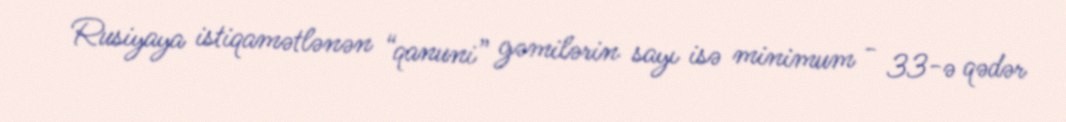
Rusiyaya istiqamətlənən “qanuni” gəmilərin sayı isə minimum - 33-ə qədər